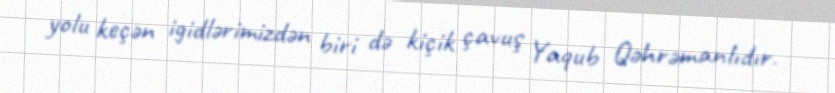
yolu keçən igidlərimizdən biri də kiçik çavuş Yaqub Qəhrəmanlıdır.